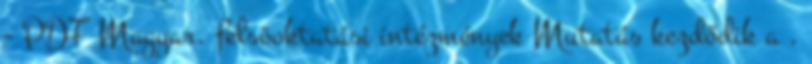
- PDF Magyar. felsõoktatási intézmények Mutatás kezdődik a .